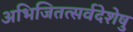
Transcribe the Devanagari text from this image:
अभिजितत्सर्वदेशेषु